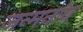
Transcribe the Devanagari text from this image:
जन्मनांव